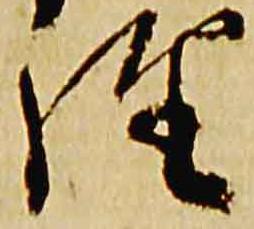
経